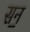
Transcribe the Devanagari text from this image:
सन॒